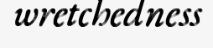
wretchedness